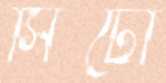
সিটো